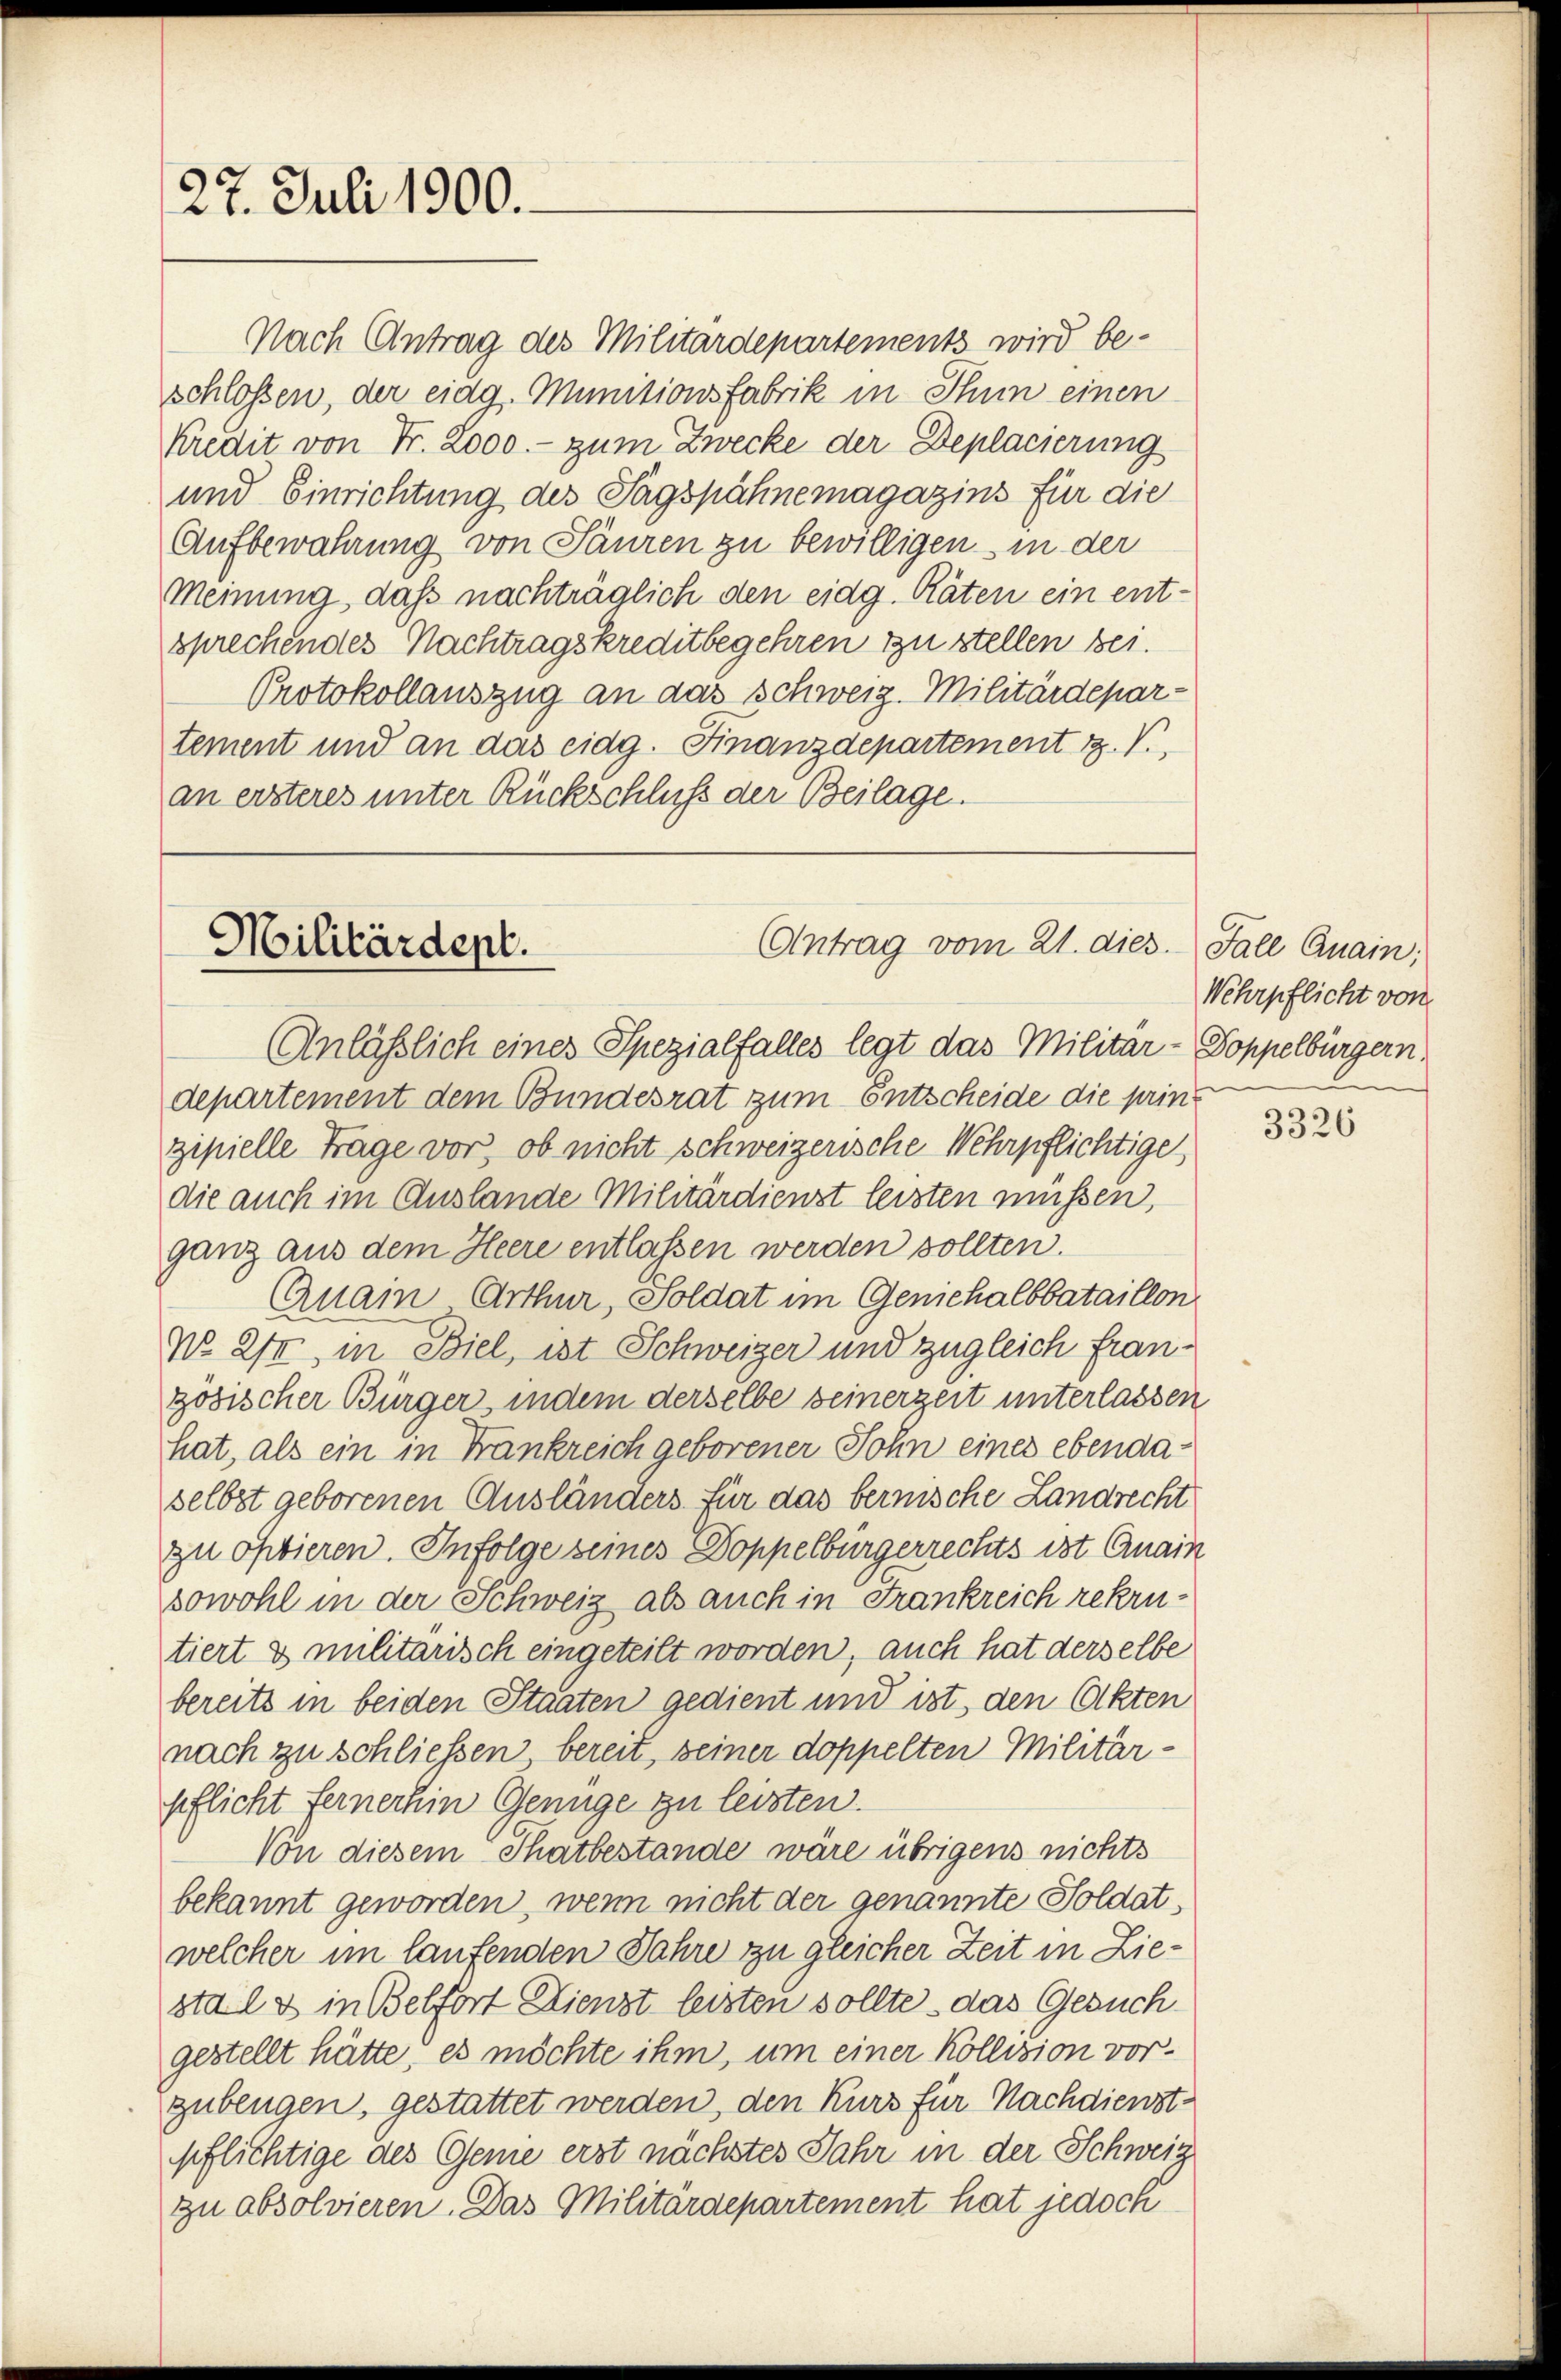
27. Juli 1900.

Militärdept.

Nach Antrag des Militärdepartements wird beschlossen, der eidg. Munitionsfabrik in Thun einen
Kredit von Fr. 2000. - zum Zwecke der Deplacierung
und Einrichtung des Tagspähnemagazins für die
Aufbewahrung von Pauren zu bewilligen in der
Meinung, daß nachträglich den eidg. Räten ein ent-
sprechendes Nachtragskreditbegehren zu stellen bei.
Protokollauszug an das schweiz. Militärdepartement und an das eidg. Finanzdepartement 12. V.,
an ersteres unter Rückschluß der Beilage.

Antrag vom 21. dies. Fall Quain,

Anläßlich eines Spezialfalles legt das Militär- Doppelbürgern,
departement dem Bundesrat zum Entscheide die prinzipielle Trage vor, ob nicht schweizerische Wehrpflichtige
die auch im Auslande Militärdienst leisten müssen,
ganz aus dem Heere entlassen werden sollten.
Qnain Arthur, Soldat im Geniehalbbataillon
N. XII, in Biel, ist Schweizer und zugleich französischer Bürger, indem derselbe seinerzeit unterlassen
hat, als ein in Frankreich geborener Sohn eines ebendaselbst geborenen Ausländers für das bernische Landrecht
zu optieren. Infolge seines Doppelbürgerrechts ist Quain
sowohl in der Schweiz als auch in Frankreich rekrutiert & militarisch eingeteilt worden, auch hat derselbe
bereits in beiden Staaten gedient und ist, den Akten
nach zu schließen bereit, seiner doppelten Militärpflicht fernerhin Genüge zu leisten.
Von diesem Thatbestände wäre übrigens nichts
bekannt geworden, wenn nicht der genannte Soldat,
welcher im laufenden Jahre zu gleicher Zeit in Ziestals in Belfort Dienst leisten sollte, das Gesuch
gestellt hätte, es möchte ihm, um einer Köllision vorzubeugen, gestattet werden, den Kurs für Nachdienstpflichtige des Geme erst nächstes Jahr in der Schwein
zu absolvieren. Das Militärdepartement hat jedoch

Wehrpflicht von

3326